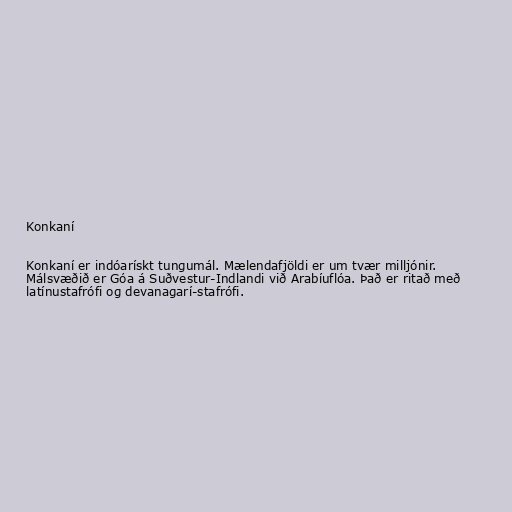
Konkaní

Konkaní er indóarískt tungumál. Mælendafjöldi er um tvær milljónir.
Málsvæðið er Góa á Suðvestur-Indlandi við Arabíuflóa. Það er ritað með
latínustafrófi og devanagarí-stafrófi.